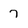
Character: 7